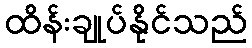
ထိန်းချုပ်နိုင်သည်